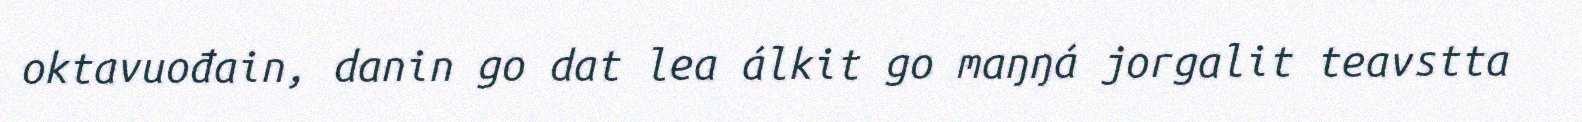
oktavuođain, danin go dat lea álkit go maŋŋá jorgalit teavstta